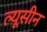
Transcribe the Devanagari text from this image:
ल्यूसीन